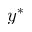
y ^ { * }